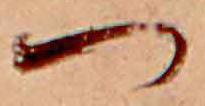
つ